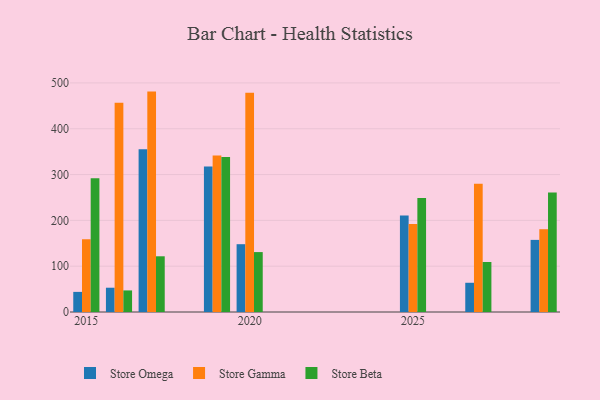
{"axis": {"x": "Year", "y": "Revenue (USD Million)"}, "legend": ["Store Beta", "Store Gamma", "Store Omega"], "data": [{"x": "2025", "y": 210.5, "type": "Store Omega"}, {"x": "2025", "y": 192.2, "type": "Store Gamma"}, {"x": "2025", "y": 248.6, "type": "Store Beta"}, {"x": "2027", "y": 63.8, "type": "Store Omega"}, {"x": "2027", "y": 280.1, "type": "Store Gamma"}, {"x": "2027", "y": 109.2, "type": "Store Beta"}, {"x": "2016", "y": 53.0, "type": "Store Omega"}, {"x": "2016", "y": 456.5, "type": "Store Gamma"}, {"x": "2016", "y": 47.1, "type": "Store Beta"}, {"x": "2020", "y": 148.0, "type": "Store Omega"}, {"x": "2020", "y": 478.8, "type": "Store Gamma"}, {"x": "2020", "y": 130.8, "type": "Store Beta"}, {"x": "2015", "y": 43.9, "type": "Store Omega"}, {"x": "2015", "y": 158.8, "type": "Store Gamma"}, {"x": "2015", "y": 291.8, "type": "Store Beta"}, {"x": "2029", "y": 157.4, "type": "Store Omega"}, {"x": "2029", "y": 180.7, "type": "Store Gamma"}, {"x": "2029", "y": 260.8, "type": "Store Beta"}, {"x": "2019", "y": 317.6, "type": "Store Omega"}, {"x": "2019", "y": 341.8, "type": "Store Gamma"}, {"x": "2019", "y": 338.1, "type": "Store Beta"}, {"x": "2017", "y": 355.2, "type": "Store Omega"}, {"x": "2017", "y": 481.1, "type": "Store Gamma"}, {"x": "2017", "y": 121.6, "type": "Store Beta"}]}